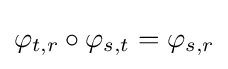
\displaystyle {\varphi _{t,r}\circ \varphi _{s,t}=\varphi _{s,r}}